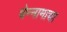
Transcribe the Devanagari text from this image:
चेन्नामाचा